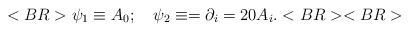
\begin{align*}<BR>\psi _1\equiv A_0;~~~\psi _2\equiv =\partial _i=20A_i .<BR><BR>\end{align*}